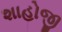
શાહોજી